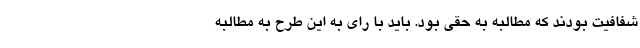
شفافیت بودند که مطالبه به حقی بود. باید با رای به این طرح به مطالبه